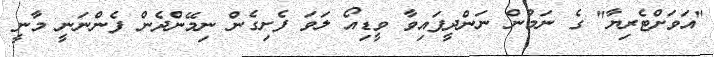
"އަވަށްޓެރިޔާ" ގެ ނަމުން ނަންދީފައިވާ ވީޑިއޯ ލަވަ ފެށިގެން ނިމޭންދެން ފެންނަނީ މާނީ